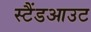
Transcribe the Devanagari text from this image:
स्टैंडआउट